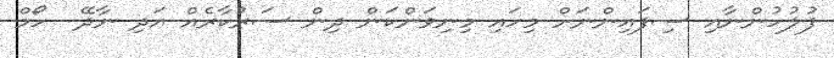
ފުލުހުންނާއި ސިފައިންނަށް މިހައި މިނިވަންކަން ދިން ސަރުކާރެއް އަދި ނާދޭ  ހޯމް